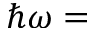
\hbar \omega =